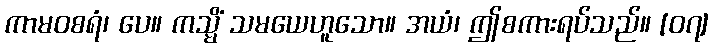
ကာမဝစရံ၊ ပေ။ ကသ္မိံ သမယေဟူသော။ အယံ၊ ဤစကားရပ်သည်။ [၀၇]